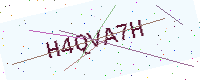
Text: H4QVA7H